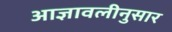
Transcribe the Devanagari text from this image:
आज्ञावलीनुसार